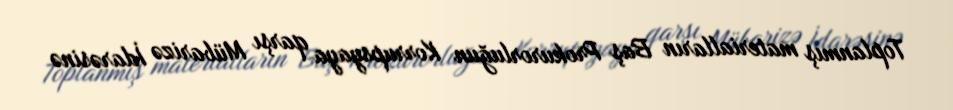
Toplanmış materialların Baş Prokurorluğun Korrupsyaya qarşı Mübarizə İdarəsinə